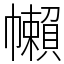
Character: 𢅭